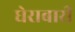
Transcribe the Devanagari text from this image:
घेराबारी